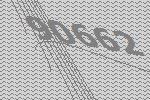
90662